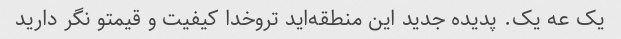
یک عه یک. پدیده جدید این منطقه‌اید تروخدا کیفیت و قیمتو نگر دارید